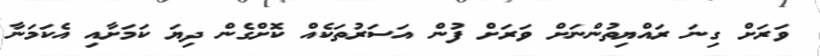
ވަރަށް ގިނަ ރައްޔިތުންނަށް ވަރަށް ފުން އަސަރުތަކެއް ކޮށްގެން ދިޔަ ކަމަށާއި އެކަމަނާ